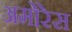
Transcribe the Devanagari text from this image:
अमोरेस